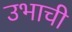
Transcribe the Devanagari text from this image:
उभाची